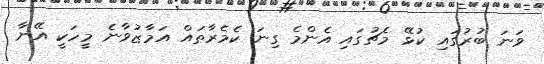
ވަނަ ބުރުގައި ކުޅޭ މެޗުގައި އެންމެ ގިނަ ކެމެރާތައް އަމާޒުވާނެ މީހަކީ އޭނާ